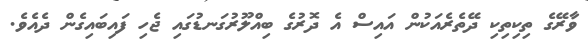
ވާރޭގެ ތިކިތިކި ދޭތެރެއަކުން އައިސް އެ ދޮރުގެ ބިއްލޫރުގަނޑުގައި ޖެހި ފައިބައިގެން ދެއެވެ.